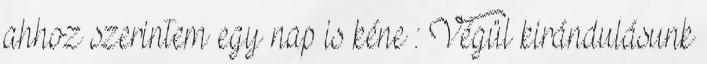
ahhoz szerintem egy nap is kéne : Végül kirándulásunk